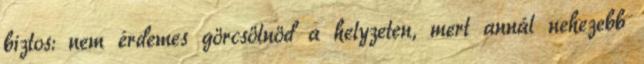
biztos: nem érdemes görcsölnöd a helyzeten, mert annál nehezebb